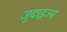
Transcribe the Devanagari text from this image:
जुदाइज्म